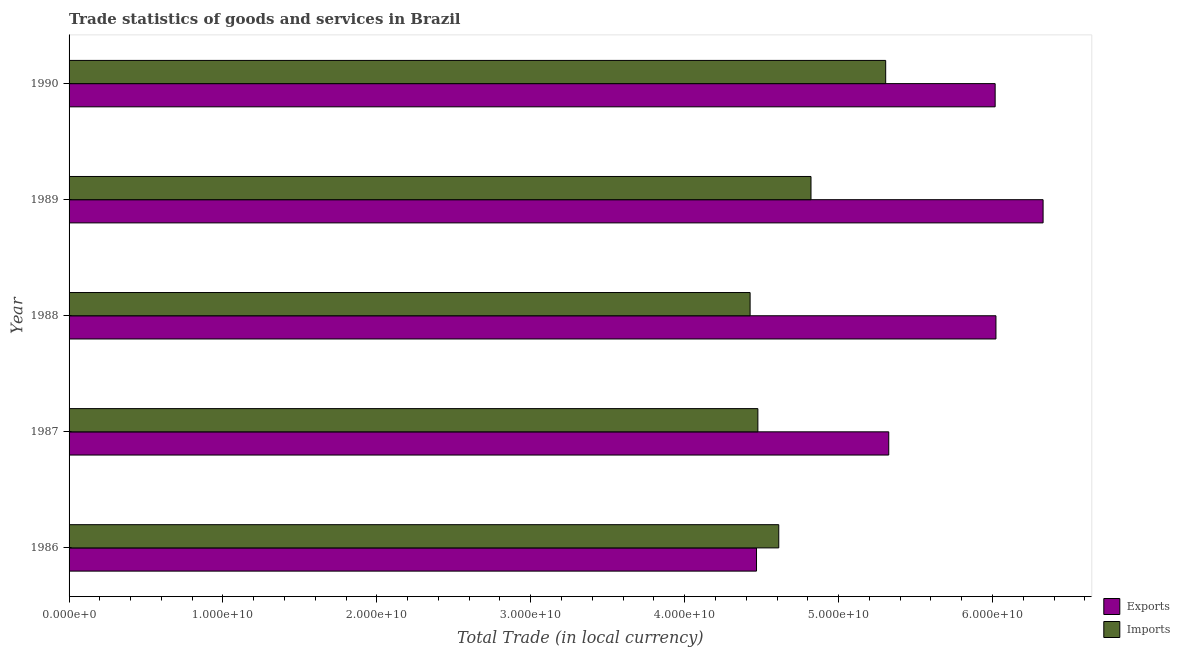
| Year | Exports | Imports |
 | --- | --- | --- |
 | 1986 | 4.47e+10 | 4.61e+10 |
 | 1987 | 5.33e+10 | 4.48e+10 |
 | 1988 | 6.02e+10 | 4.43e+10 |
 | 1989 | 6.33e+10 | 4.82e+10 |
 | 1990 | 6.02e+10 | 5.31e+10 |